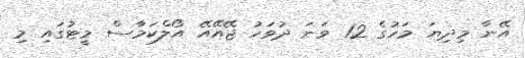
އޭނާ މިދިޔަ މަހުގެ 12 ވަނަ ދުވަހު ޖޭއޭއޭ އޯލްކަމާސް މީޓުގައި މި